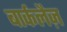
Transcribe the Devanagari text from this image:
बार्कलैज़